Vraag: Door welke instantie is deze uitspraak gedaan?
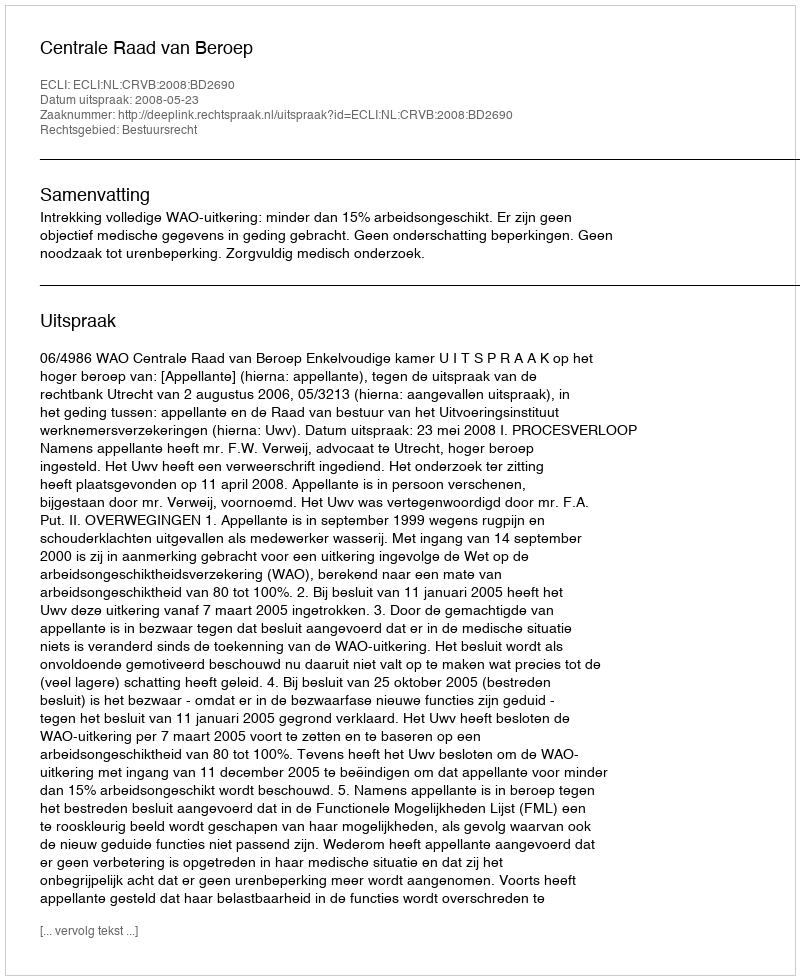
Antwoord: Centrale Raad van Beroep